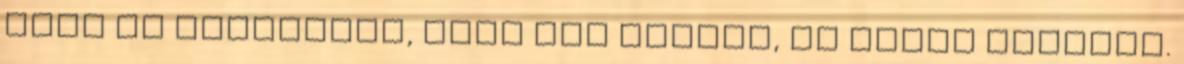
kéri az embereket, hogy aki teheti, ne üljön vonatra.